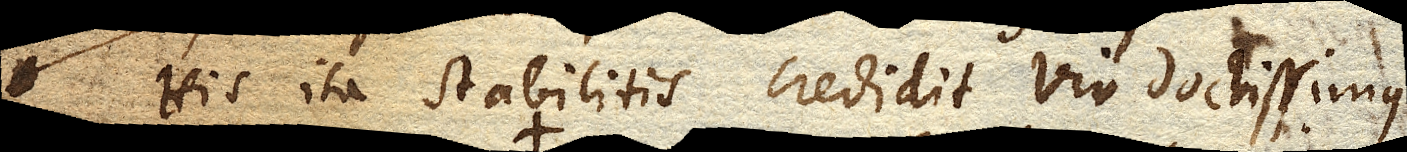
His ita stabilitis credidit vir doctissimus